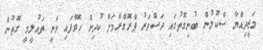
މަޖީދިއްޔާ ސްކޫލުން ބުނިގޮތުގައި ދަސްވަރު ޕްރޮގްރާމަށް ކުދިން ހޮވާފައި ވަނީ ތައުލީމީ ގޮތުން